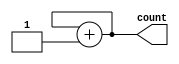
module counter (
    output reg [1:0] count
);

    // Initial block for state initialization and sequential logic simulation
    initial begin
        // Initialize the counter to 0
        count <= 2'b00;
        
        // Wait for a time delay and then update the counter
        #10 count <= count + 1; // Increment count after 10 time units
        #10 count <= count + 1; // Increment count after another 10 time units
        #10 count <= count + 1; // Increment count after another 10 time units
        #10 count <= 2'b00;      // Reset count to 0 after reaching 3
        #10 count <= count + 1; // Increment count again
        #10 count <= count + 1; // Continue counting...
    end

endmodule